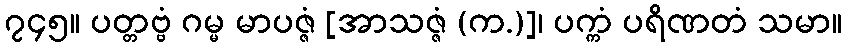
၇၄၅။ ပတ္တဗ္ဗံ ဂမ္မ မာပဇ္ဇံ [အာသဇ္ဇံ (က.)]၊ ပက္ကံ ပရိဏတံ သမာ။